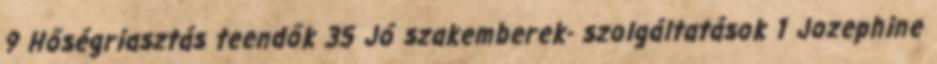
9 Hőségriasztás teendők 35 Jó szakemberek- szolgáltatások 1 Jozephine